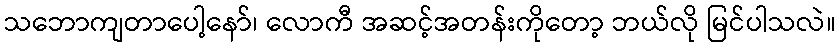
သဘောကျတာပေါ့နော်၊ လောကီ အဆင့်အတန်းကိုတော့ ဘယ်လို မြင်ပါသလဲ။